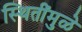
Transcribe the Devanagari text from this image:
स्थितींमुळे